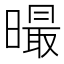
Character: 𣋁